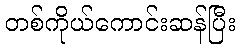
တစ်ကိုယ်ကောင်းဆန်ပြီး